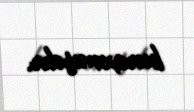
buraxmışdır.